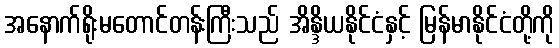
အနောက်ရိုးမတောင်တန်းကြီးသည် အိန္ဒိယနိုင်ငံနှင့် မြန်မာနိုင်ငံတို့ကို